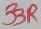
Text: 33R